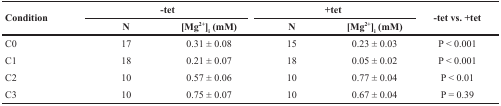
<table><thead><tr><td rowspan="2"><b>Condition</b></td><td colspan="2"><b>-tet</b></td><td colspan="2"><b>+tet</b></td><td rowspan="2"><b>-tet vs. +tet</b></td></tr><tr><td><b>N</b></td><td><b>[Mg<sup>2+</sup>]<sub>i</sub> (mM)</b></td><td><b>N</b></td><td><b>[Mg<sup>2+</sup>]<sub>i</sub> (mM)</b></td></tr></thead><tbody><tr><td>C0</td><td>17</td><td>0.31 ± 0.08</td><td>15</td><td>0.23 ± 0.03</td><td>P &lt; 0.001</td></tr><tr><td>C1</td><td>18</td><td>0.21 ± 0.07</td><td>18</td><td>0.05 ± 0.02</td><td>P &lt; 0.001</td></tr><tr><td>C2</td><td>10</td><td>0.57 ± 0.06</td><td>10</td><td>0.77 ± 0.04</td><td>P &lt; 0.01</td></tr><tr><td>C3</td><td>10</td><td>0.75 ± 0.07</td><td>10</td><td>0.67 ± 0.04</td><td>P = 0.39</td></tr></tbody></table>